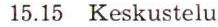
15.15 Keskustelu